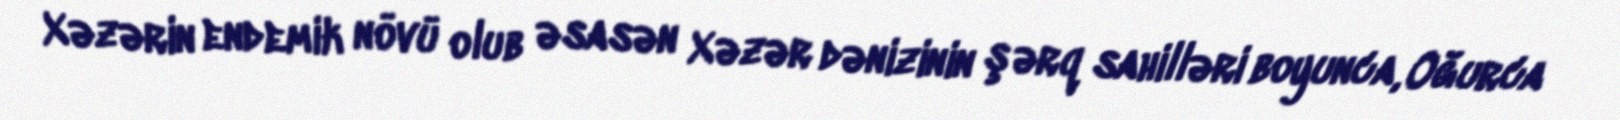
Xəzərin endemik növü olub əsasən Xəzər dənizinin şərq sahilləri boyunca, Oğurca